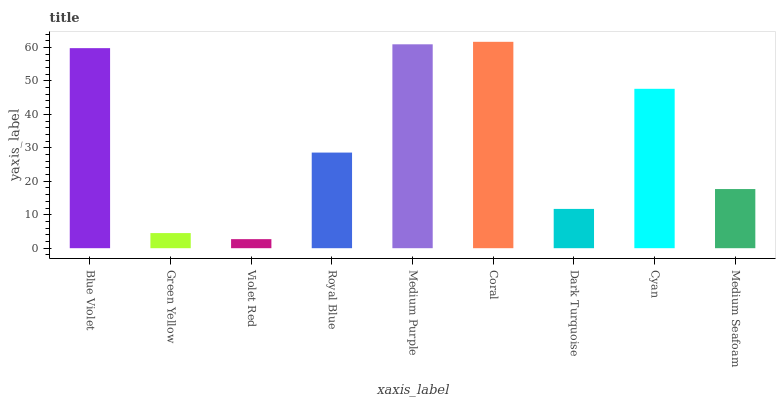
| xaxis_label | bars |
 | --- | --- |
 | Blue Violet | 59.8 |
 | Green Yellow | 4.52 |
 | Violet Red | 2.71 |
 | Royal Blue | 28.6 |
 | Medium Purple | 60.9 |
 | Coral | 61.7 |
 | Dark Turquoise | 11.7 |
 | Cyan | 47.6 |
 | Medium Seafoam | 17.7 |